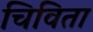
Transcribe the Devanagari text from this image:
चिविता